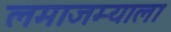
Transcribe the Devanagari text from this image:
लमाजम्याला